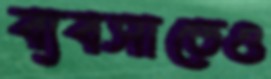
ব্যবসাতেও